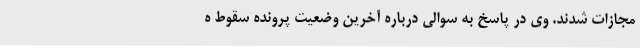
مجازات شدند. وی در پاسخ به سوالی درباره آخرین وضعیت پرونده سقوط ه